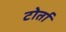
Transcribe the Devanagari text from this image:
टोर्ता